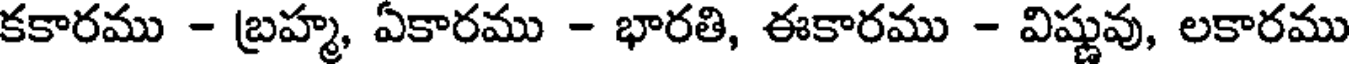
కకారము - బ్రహ్మ, ఏకారము - భారతి, ఈకారము - విష్ణువు, లకారము